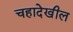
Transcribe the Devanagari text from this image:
चहादेखील